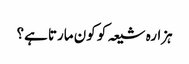
ہزارہ شیعہ کو کون مارتا ہے؟